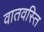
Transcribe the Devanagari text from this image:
वातवस्ति